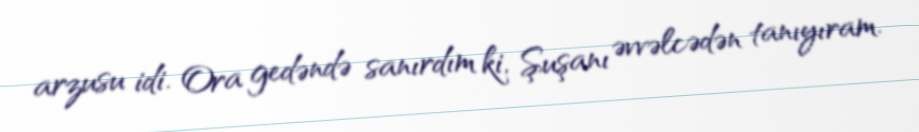
arzusu idi. Ora gedəndə sanırdım ki, Şuşanı əvvəlcədən tanıyıram.